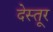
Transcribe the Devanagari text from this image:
देस्तूर